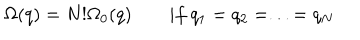
\Omega ( q ) = N ! \Omega _ { 0 } ( q ) \qquad i f \ q _ { 1 } = q _ { 2 } = . . . = q _ { N }